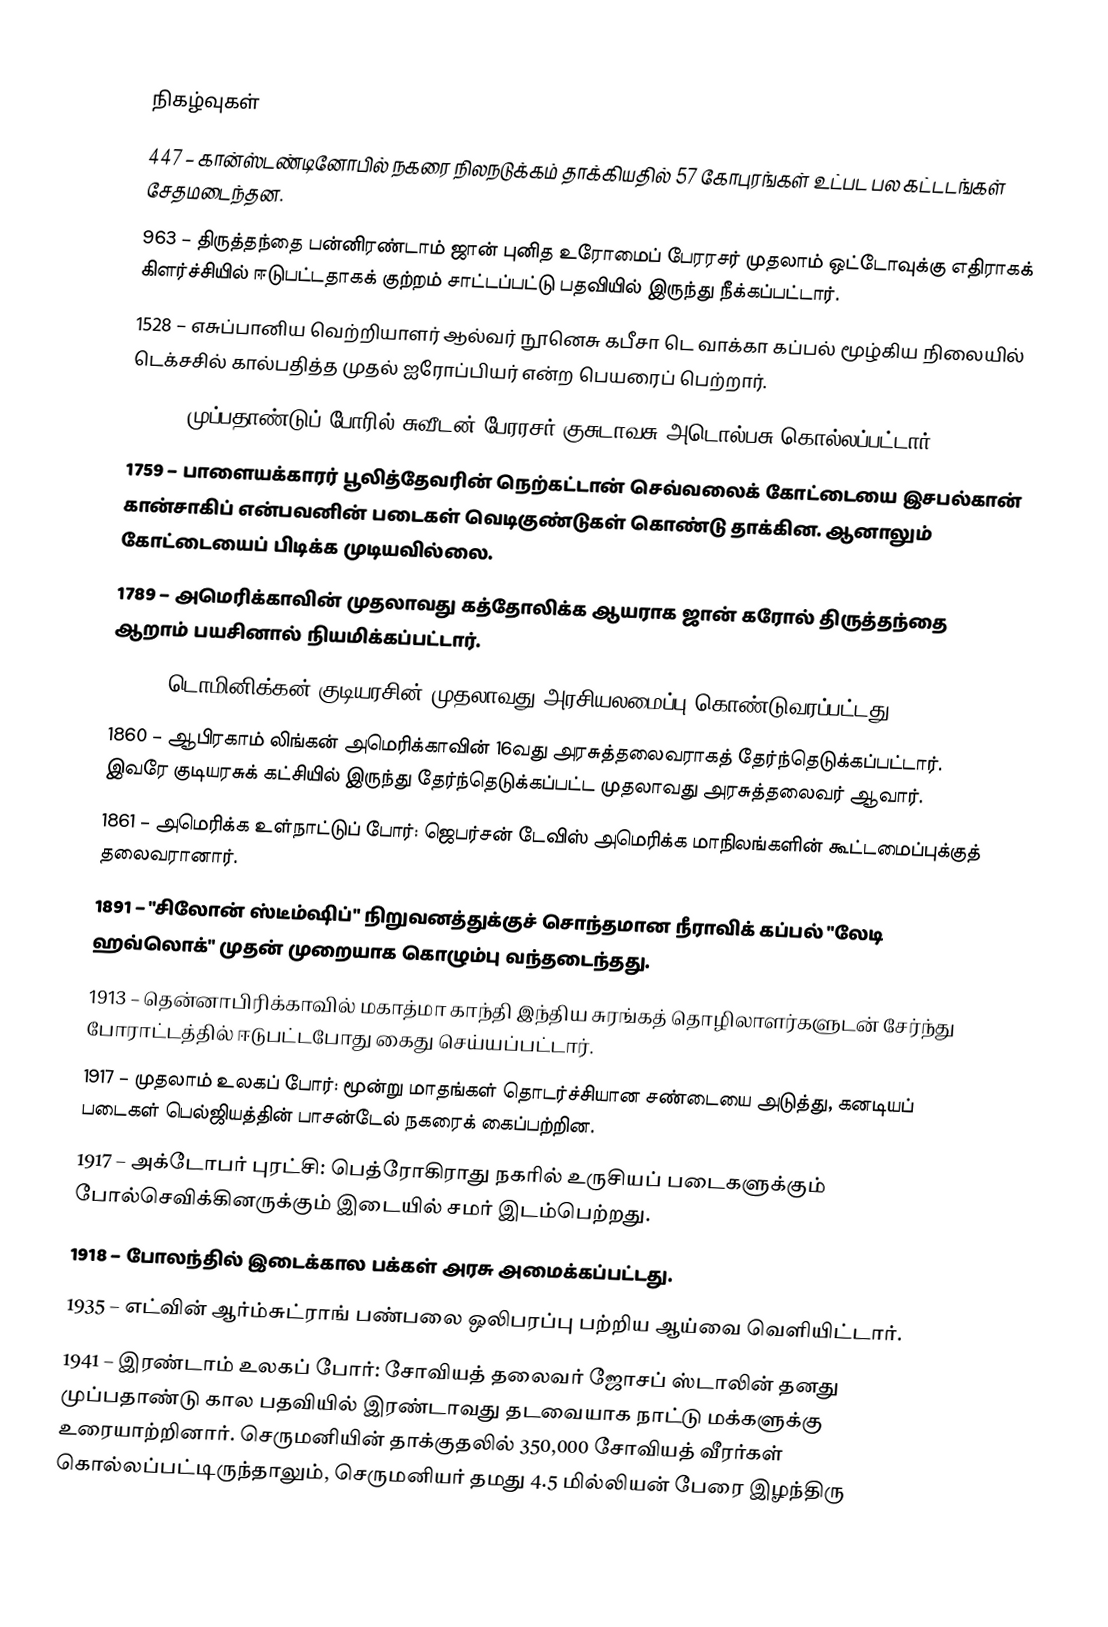

நிகழ்வுகள்
 447 – கான்ஸ்டண்டினோபில் நகரை நிலநடுக்கம் தாக்கியதில் 57 கோபுரங்கள் உட்பட பல கட்டடங்கள் சேதமடைந்தன.
 963 – திருத்தந்தை பன்னிரண்டாம் ஜான் புனித உரோமைப் பேரரசர் முதலாம் ஒட்டோவுக்கு எதிராகக் கிளர்ச்சியில் ஈடுபட்டதாகக் குற்றம் சாட்டப்பட்டு பதவியில் இருந்து நீக்கப்பட்டார்.
1528 – எசுப்பானிய வெற்றியாளர் ஆல்வர் நூனெசு கபீசா டெ வாக்கா கப்பல் மூழ்கிய நிலையில் டெக்சசில் கால்பதித்த முதல் ஐரோப்பியர் என்ற பெயரைப் பெற்றார்.
1632 – முப்பதாண்டுப் போரில் சுவீடன் பேரரசர் குசுடாவசு அடொல்பசு கொல்லப்பட்டார்.
1759 – பாளையக்காரர் பூலித்தேவரின் நெற்கட்டான் செவ்வலைக் கோட்டையை இசபல்கான் கான்சாகிப் என்பவனின் படைகள் வெடிகுண்டுகள் கொண்டு தாக்கின. ஆனாலும் கோட்டையைப் பிடிக்க முடியவில்லை.
1789 – அமெரிக்காவின் முதலாவது கத்தோலிக்க ஆயராக ஜான் கரோல் திருத்தந்தை ஆறாம் பயசினால் நியமிக்கப்பட்டார்.
1844 – டொமினிக்கன் குடியரசின் முதலாவது அரசியலமைப்பு கொண்டுவரப்பட்டது.
1860 – ஆபிரகாம் லிங்கன் அமெரிக்காவின் 16வது அரசுத்தலைவராகத் தேர்ந்தெடுக்கப்பட்டார். இவரே குடியரசுக் கட்சியில் இருந்து தேர்ந்தெடுக்கப்பட்ட முதலாவது அரசுத்தலைவர் ஆவார்.
1861 – அமெரிக்க உள்நாட்டுப் போர்: ஜெபர்சன் டேவிஸ் அமெரிக்க மாநிலங்களின் கூட்டமைப்புக்குத் தலைவரானார்.
1891 – "சிலோன் ஸ்டீம்ஷிப்" நிறுவனத்துக்குச் சொந்தமான நீராவிக் கப்பல் "லேடி ஹவ்லொக்" முதன் முறையாக கொழும்பு வந்தடைந்தது.
1913 – தென்னாபிரிக்காவில் மகாத்மா காந்தி இந்திய சுரங்கத் தொழிலாளர்களுடன் சேர்ந்து போராட்டத்தில் ஈடுபட்டபோது கைது செய்யப்பட்டார்.
1917 – முதலாம் உலகப் போர்: மூன்று மாதங்கள் தொடர்ச்சியான சண்டையை அடுத்து, கனடியப் படைகள் பெல்ஜியத்தின் பாசன்டேல் நகரைக் கைப்பற்றின.
1917 – அக்டோபர் புரட்சி: பெத்ரோகிராது நகரில் உருசியப் படைகளுக்கும் போல்செவிக்கினருக்கும் இடையில் சமர் இடம்பெற்றது.
1918 – போலந்தில் இடைக்கால பக்கள் அரசு அமைக்கப்பட்டது.
1935 – எட்வின் ஆர்ம்சுட்ராங் பண்பலை ஒலிபரப்பு பற்றிய ஆய்வை வெளியிட்டார்.
1941 – இரண்டாம் உலகப் போர்: சோவியத் தலைவர் ஜோசப் ஸ்டாலின் தனது முப்பதாண்டு கால பதவியில் இரண்டாவது தடவையாக நாட்டு மக்களுக்கு உரையாற்றினார். செருமனியின் தாக்குதலில் 350,000 சோவியத் வீரர்கள் கொல்லப்பட்டிருந்தாலும், செருமனியர் தமது 4.5 மில்லியன் பேரை இழந்திரு